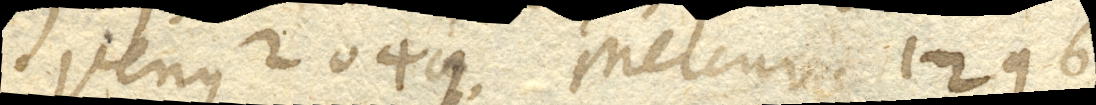
Venus 2049. Mercurius 1296.